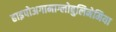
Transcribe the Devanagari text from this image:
हाइपोअगामाग्लोबुलिनेमिया